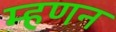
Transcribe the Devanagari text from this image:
म्हणन